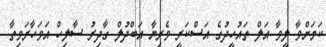
ކަމަށްވާ ލީވާ އަލް ތައުހީދުގެ އަސްކަރީ ވެރިޔާ އަބްދުލް ގާދިރު ސާލިހް އަވަހާރަވިތާ